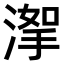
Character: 𣹤